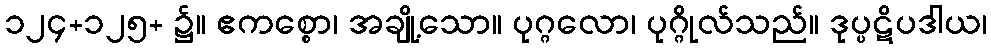
၁၂၄+၁၂၅+ ၌။ ဧကစ္စော၊ အချို့သော။ ပုဂ္ဂလော၊ ပုဂ္ဂိုလ်သည်။ ဒုပ္ပဋိပဒါယ၊